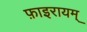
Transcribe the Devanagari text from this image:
फ़ाइरायम्